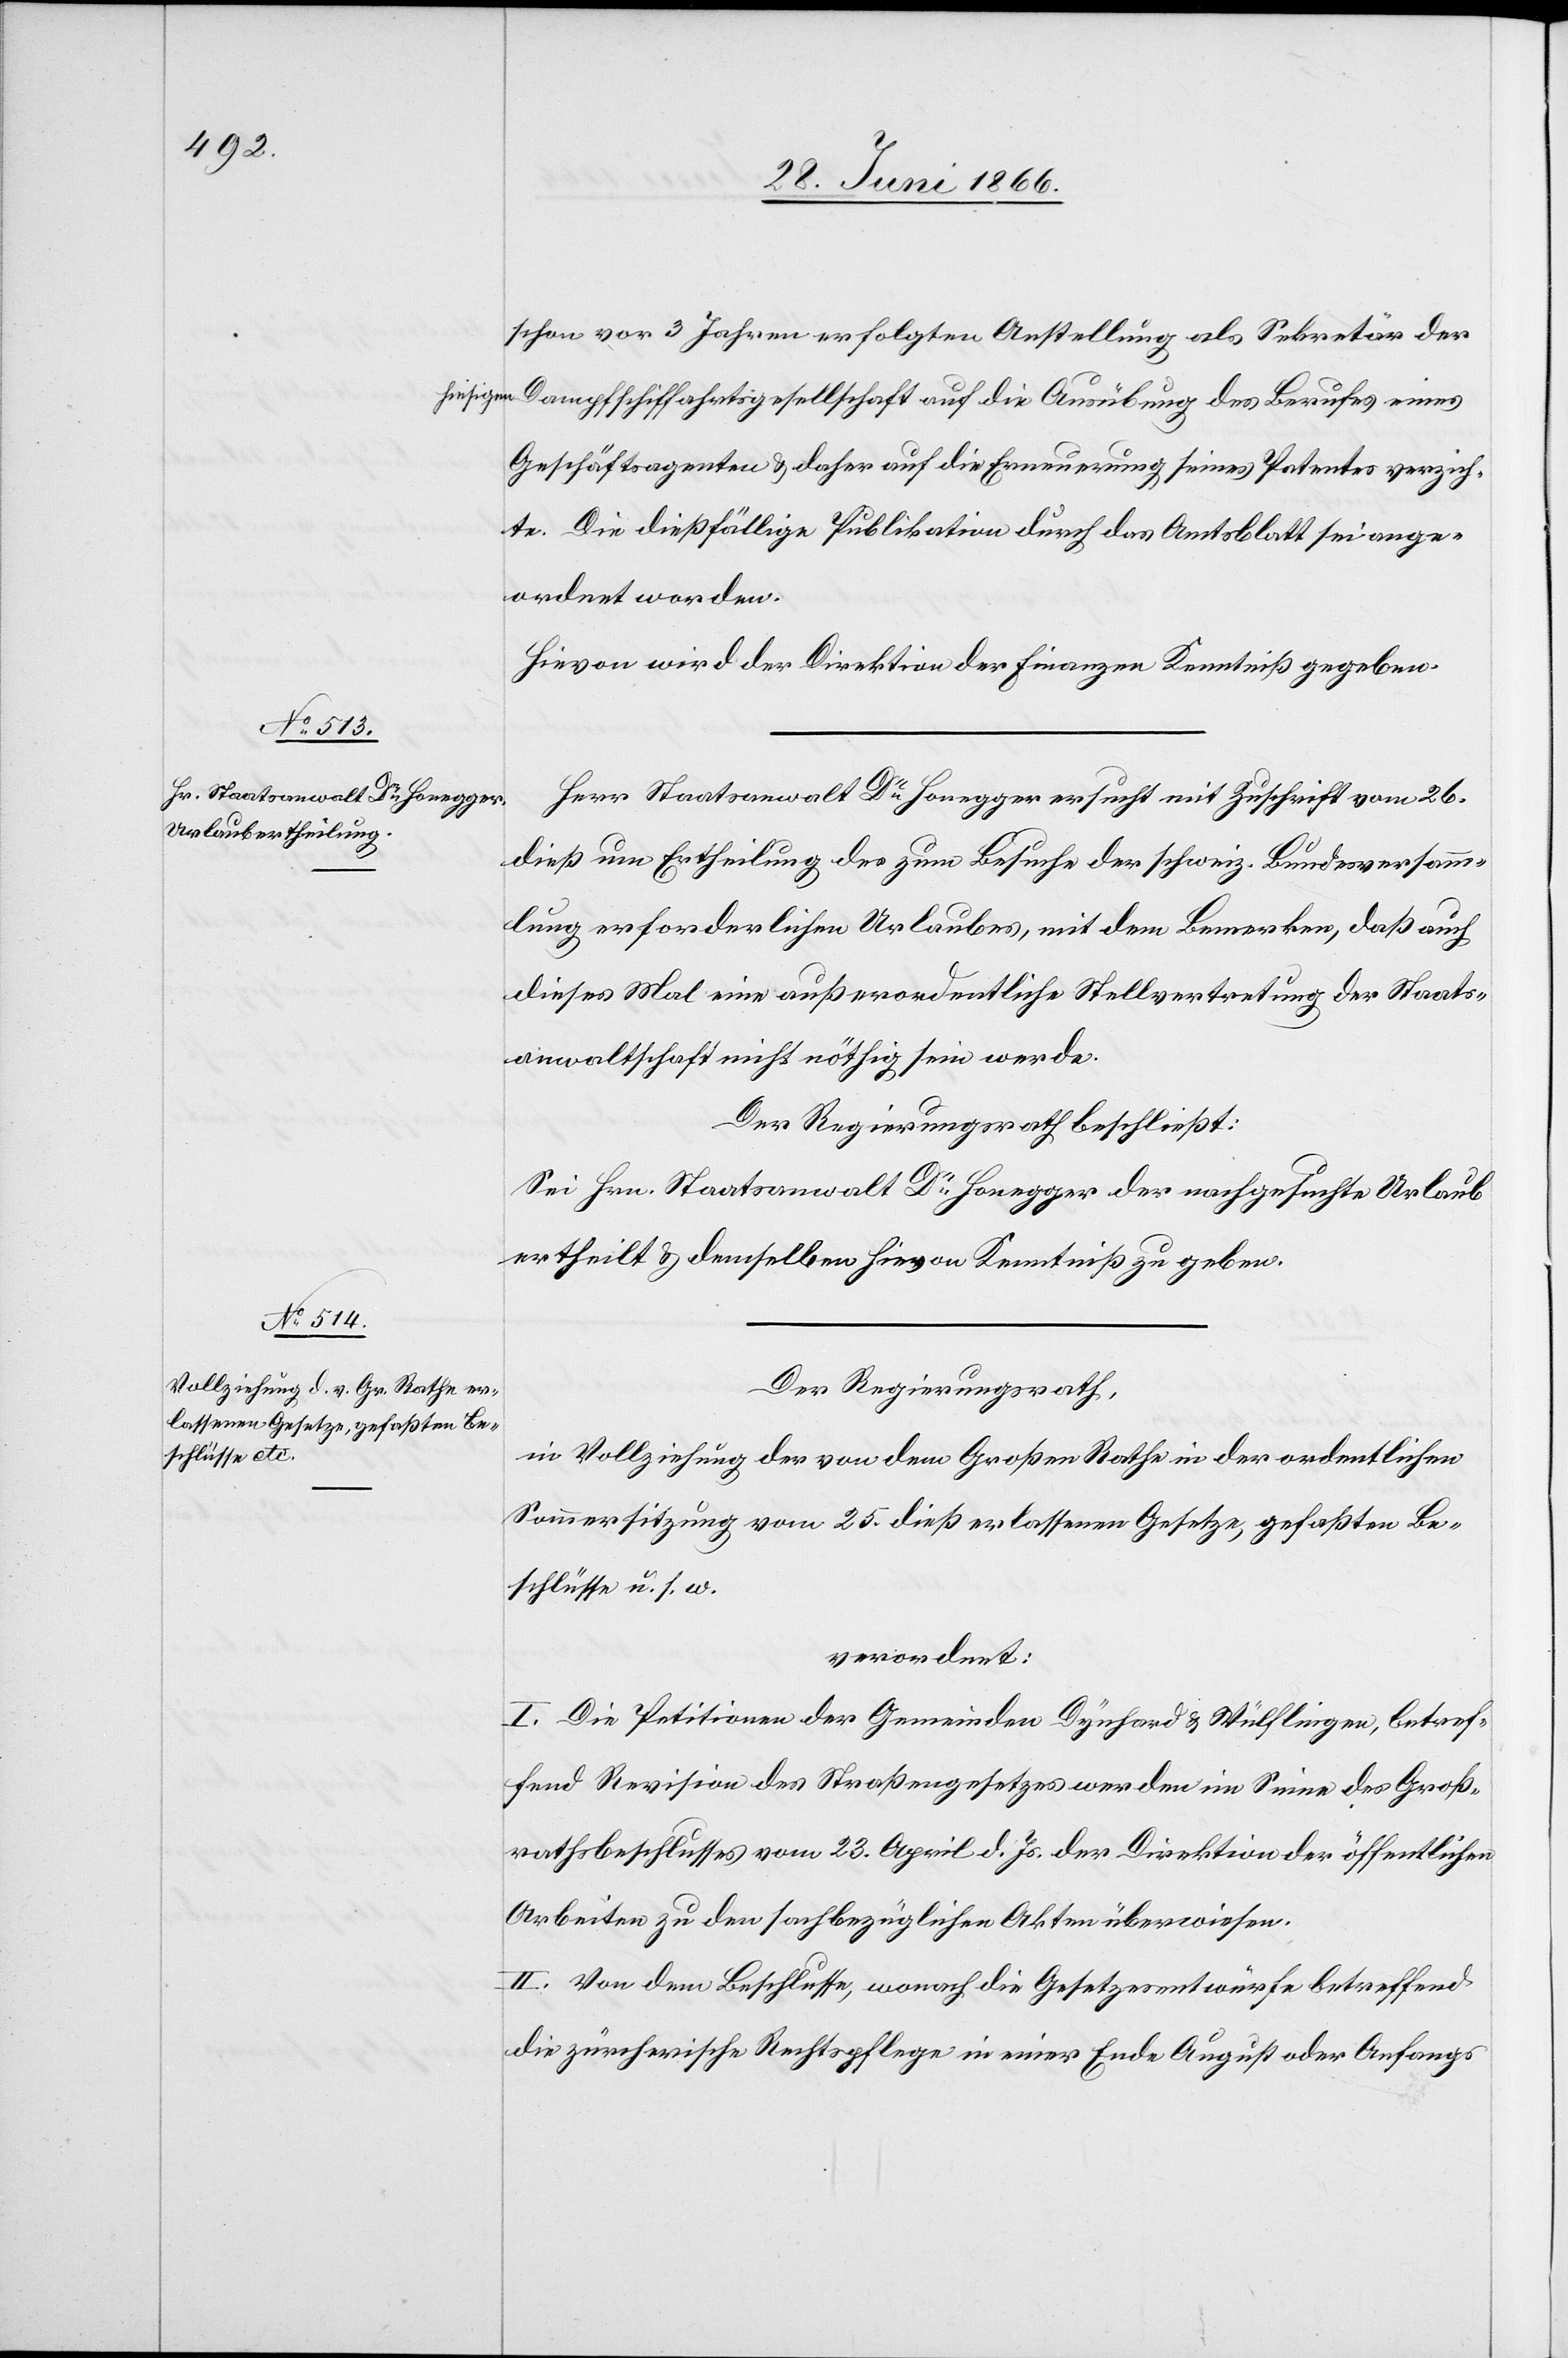
schon vor 3 Jahren erfolgten Anstellung als Sekretär der
hiesigen Dampfschiffahrtsgesellschaft auf die Ausübung des Berufes eines
Geschäftsagenten u. daher auf die Erneuerung seines Patentes verzich¬
te. Die dießfällige Publikation durch das Amtsblatt sei ange¬
ordnet worden.
Hievon wird der Direktion der Finanzen Kenntniß gegeben.
Herr Staatsanwalt Dr. Honegger ersucht mit Zuschrift vom 26.
dieß um Ertheilung des zum Behufe der schweiz. Bundesversamm¬
lung erforderlichen Urlaubes, mit dem Bemerken, daß auch
dieses Mal eine außerordentliche Stellvertretung der Staats¬
anwaltschaft nicht nöthig sein werde.
Der Regierungsrath beschließt:
Sei Hrn. Staatsanwalt Dr. Honegger der nachgesuchte Urlaub
ertheilt u. demselben hievon Kenntniß zu geben.
Der Regierungsrath,
in Vollziehung der von dem Großen Rathe in der ordentlichen
Sommersitzung vom 25. dieß erlassenen Gesetze, gefaßten Be¬
schlüsse u. s. w.
verordnet:
I. Die Petitionen der Gemeinden Dynhard u. Wülflingen, betref¬
fend Revision des Straßengesetzes werden im Sinne des Groß¬
rathsbeschlusses vom 23. April d. Js. der Direktion der öffentlichen
Arbeiten zu den sachbezüglichen Akten überwiesen.
II. Von dem Beschlusse, wonach die Gesetzesentwürfe betreffend
die zürcherische Rechtspflege in einer Ende August oder Anfangs